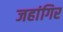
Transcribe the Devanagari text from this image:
जहांगिर